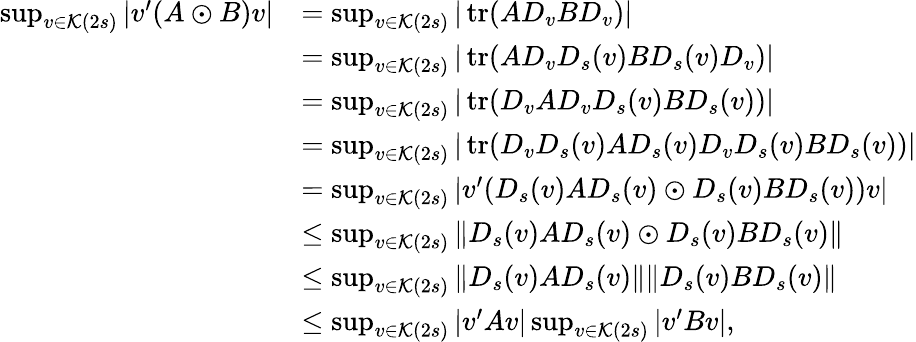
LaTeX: \begin{array}{rl}{\operatorname*{sup}_{v\in\mathcal{K}(2s)}|v^{\prime}(A\odot B)v|}&{=\operatorname*{sup}_{v\in\mathcal{K}(2s)}|\operatorname{tr}(AD_{v}BD_{v})|}\\ &{=\operatorname*{sup}_{v\in\mathcal{K}(2s)}|\operatorname{tr}(AD_{v}D_{s}(v)BD_{s}(v)D_{v})|}\\ &{=\operatorname*{sup}_{v\in\mathcal{K}(2s)}|\operatorname{tr}(D_{v}AD_{v}D_{s}(v)BD_{s}(v))|}\\ &{=\operatorname*{sup}_{v\in\mathcal{K}(2s)}|\operatorname{tr}(D_{v}D_{s}(v)AD_{s}(v)D_{v}D_{s}(v)BD_{s}(v))|}\\ &{=\operatorname*{sup}_{v\in\mathcal{K}(2s)}|v^{\prime}(D_{s}(v)AD_{s}(v)\odot D_{s}(v)BD_{s}(v))v|}\\ &{\leq\operatorname*{sup}_{v\in\mathcal{K}(2s)}\| D_{s}(v)AD_{s}(v)\odot D_{s}(v)BD_{s}(v)\| }\\ &{\leq\operatorname*{sup}_{v\in\mathcal{K}(2s)}\| D_{s}(v)AD_{s}(v)\| \| D_{s}(v)BD_{s}(v)\| }\\ &{\leq\operatorname*{sup}_{v\in\mathcal{K}(2s)}|v^{\prime}Av|\operatorname*{sup}_{v\in\mathcal{K}(2s)}|v^{\prime}Bv|,}\end{array}